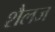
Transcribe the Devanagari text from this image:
शैलज